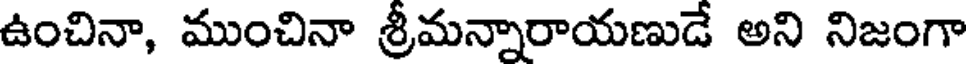
ఉంచినా, ముంచినా శ్రీమన్నారాయణుడే అని నిజంగా